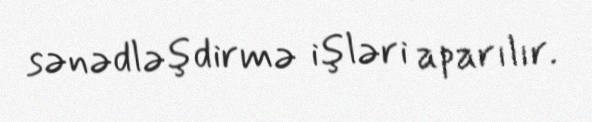
sənədləşdirmə işləri aparılır.